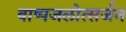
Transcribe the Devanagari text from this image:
वाष्पजलोत्सर्जन